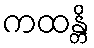
ကထန္တိ